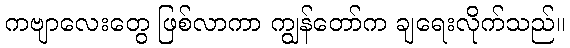
ကဗျာလေးတွေ ဖြစ်လာကာ ကျွန်တော်က ချရေးလိုက်သည်။